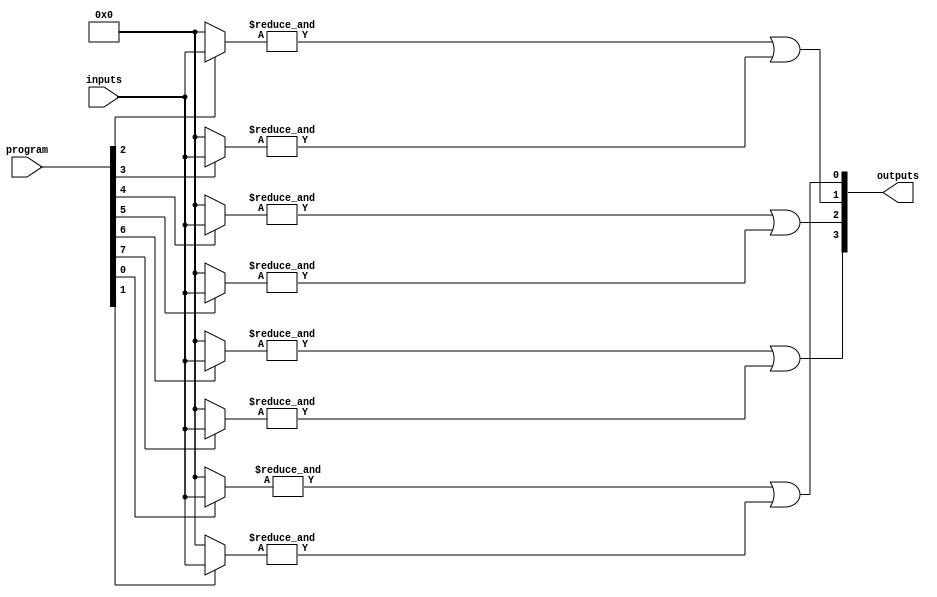
module HS_PAL (
    input wire [N-1:0] inputs,    // N input signals
    input wire [M-1:0] program,    // Programmable connections to AND array 
    output wire [P-1:0] outputs     // P output signals
);

parameter N = 8; // Number of inputs
parameter M = 16; // Number of AND gates
parameter P = 4; // Number of outputs

// Declare the programmable AND array
wire [M-1:0] and_output; // Outputs from AND gates

// AND gate implementation
genvar i, j;
generate
    for (i = 0; i < M; i = i + 1) begin : and_gate
        wire [N-1:0] and_inputs;
        assign and_inputs = (program[i] == 1'b1) ? inputs : {N{1'b0}}; // Connect inputs based on programmability
        
        // AND Logic
        assign and_output[i] = &and_inputs; // AND operation on selected inputs
    end
endgenerate

// Fixed OR array
wire [P-1:0] or_output; // Outputs from OR gates

// OR gate implementation
assign or_output[0] = and_output[0] | and_output[1]; // Example combining AND outputs
assign or_output[1] = and_output[2] | and_output[3]; // Example combining AND outputs
assign or_output[2] = and_output[4] | and_output[5]; // Example combining AND outputs
assign or_output[3] = and_output[6] | and_output[7]; // Example combining AND outputs

// Assign final outputs
assign outputs = or_output;

endmodule